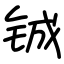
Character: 铖